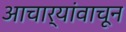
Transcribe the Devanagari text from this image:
आचार्यांवाचून